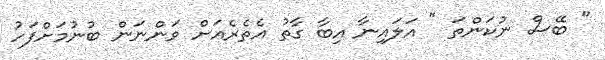
" ބޭސް ނުކަންތަ " އަލައިނާ އިބާ ގާތު އެތެރެއަށް ވަންނަން ބުނުމަށްފަހު